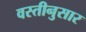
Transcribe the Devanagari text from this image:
वस्तीनुसार